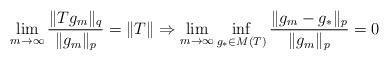
LaTeX: \begin{align*}\lim_{m\rightarrow\infty}\frac{\|Tg_m\|_{q}}{\|g_m\|_{p}}= \|T\| \Rightarrow \lim_{m\rightarrow\infty}\inf_{g_\ast\in M(T)}\frac{\|g_m-g_\ast\|_p}{\|g_m\|_p}= 0\end{align*}